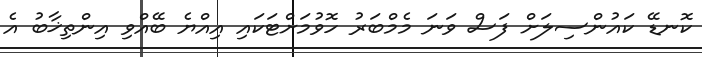
ކޮނޑޭ ކައުންސިލަށް ފަސް ވަނަ މެމްބަރު ހޮވުމަށްޓަކައި އިއްޔެ ބޭއްވި އިންތިޚާބު އެ